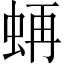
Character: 𧋁